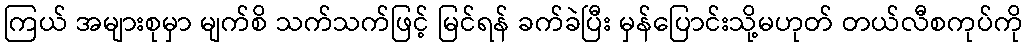
ကြယ် အများစုမှာ မျက်စိ သက်သက်ဖြင့် မြင်ရန် ခက်ခဲပြီး မှန်ပြောင်းသို့မဟုတ် တယ်လီစကုပ်ကို